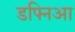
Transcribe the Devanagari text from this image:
डफ्निआ